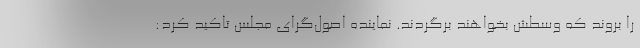
را بروند که وسطش بخواهند برگردند. نماینده اصول‌گرای مجلس تاکید کرد: